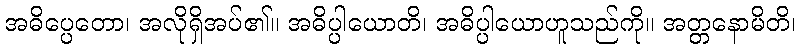
အဓိပ္ပေတော၊ အလိုရှိအပ်၏။ အဓိပ္ပါယောတိ၊ အဓိပ္ပါယောဟူသည်ကို။ အတ္တနောမိတိ၊